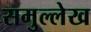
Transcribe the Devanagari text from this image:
समुल्लेख